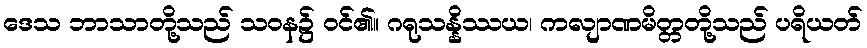
ဒေသ ဘာသာတို့သည် သဝန၌ ဝင်၏။ ဂရုသန္နိဿယ၊ ကလျာဏမိတ္တတို့သည် ပရိယတ်